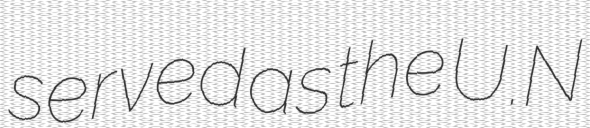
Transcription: served as the U.N